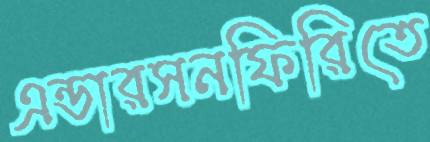
এন্ডারসনফিরিতে